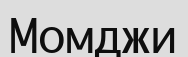
Момджи